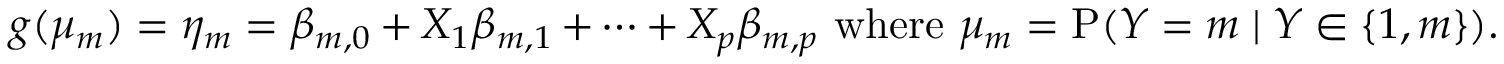
g ( \mu _ { m } ) = \eta _ { m } = \beta _ { m , 0 } + X _ { 1 } \beta _ { m , 1 } + \cdots + X _ { p } \beta _ { m , p } { \mathrm { ~ w h e r e ~ } } \mu _ { m } = \mathrm { P } ( Y = m \mid Y \in \{ 1 , m \} ) .